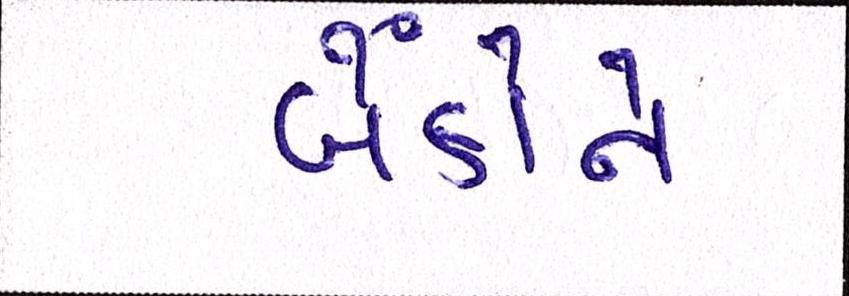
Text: બેંકોને